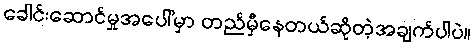
ခေါင်းဆောင်မှုအပေါ်မှာ တည်မှီနေတယ်ဆိုတဲ့အချက်ပါပဲ။